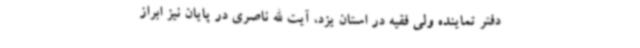
دفتر تماینده ولی فقیه در استان یزد، آیت الله ناصری در پایان نیز ابراز